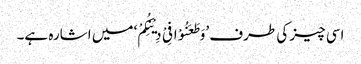
اسی چیز کی طرف ’وَطَعَنُوْا فِیْ دِیْنِکُمْ‘ میں اشارہ ہے۔